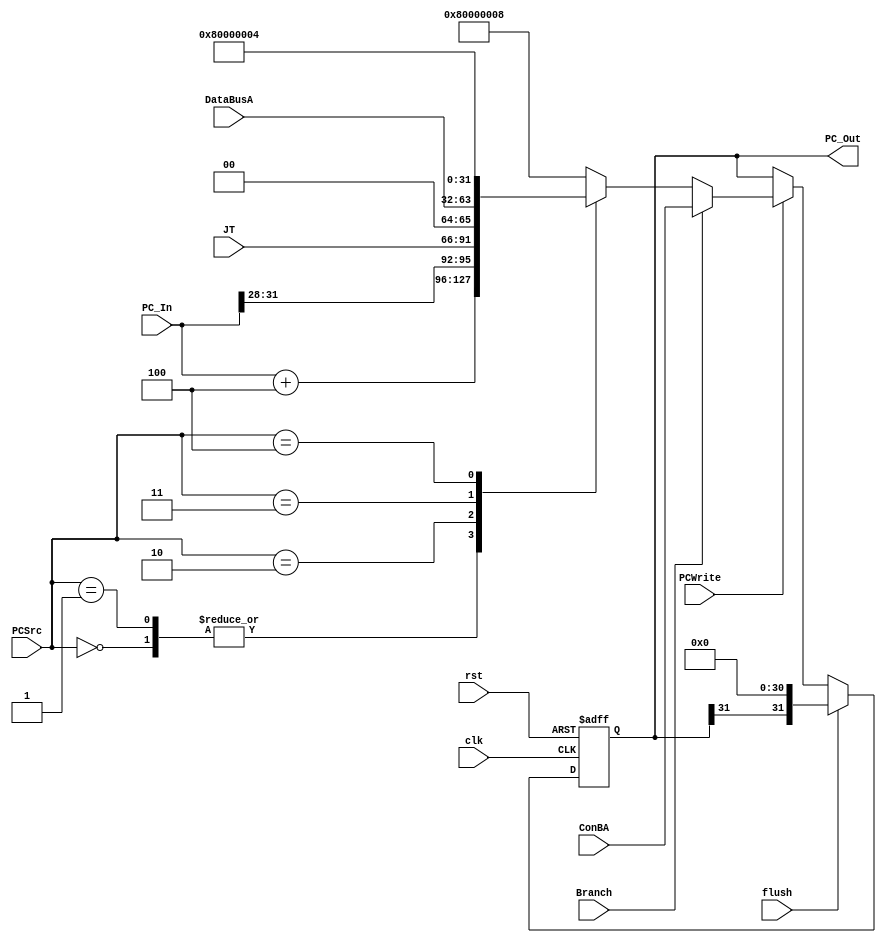
/*
Filename : IF.v
Compiler : Quartus II
Description : PC to PC register
INPUT : clk, rst, EN : all active high
        PCIn : 32bits Register
OUTPUT : PCIn : 32bits Register
Author : Yeoman Zhuang
Release : *
*/

module IF(
    input clk, rst, flush,
    input [31:0] PC_In,
    input [2:0] PCSrc, 
    input PCWrite, 
        Branch, 
    input [31:0] ConBA, 
        DataBusA, 
    input [25:0] JT, 
    output reg [31:0] PC_Out
);
    always @(posedge clk or posedge rst) begin
        if (rst) begin
            PC_Out <= 0;
        end else if(flush)
            PC_Out <= {PC_Out[31], {31{1'b0}}};
        else if (PCWrite) begin
            if(Branch) begin
                PC_Out <= ConBA;
            end else case (PCSrc)                //PCSrc
                3'h0: PC_Out <= PC_In+32'h4; //PC_In = PC
                3'h1: PC_Out <= PC_In+32'h4;
                3'h2: PC_Out <= {PC_In[31:28], JT, 2'b0};
                3'h3: PC_Out <= DataBusA; // jr jalr $Ra
                3'h4: PC_Out <= 32'h8000_0004; // ILLOP
                3'h5: PC_Out <= 32'h8000_0008; // XADR
                default: PC_Out <= 32'h8000_0008;
            endcase
        end else
            PC_Out <= PC_Out; 
        end
endmodule